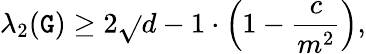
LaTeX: \lambda_{2}(\mathtt{G})\geq2{\sqrt{}{{d-1}}}\cdot\left(1-{\frac{{c}}{{m^{2}}}}\right),